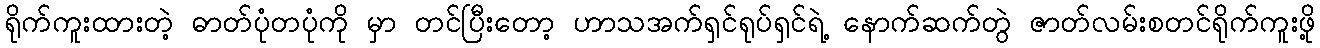
ရိုက်ကူးထားတဲ့ ဓာတ်ပုံတပုံကို မှာ တင်ပြီးတော့ ဟာသအက်ရှင်ရုပ်ရှင်ရဲ့ နောက်ဆက်တွဲ ဇာတ်လမ်းစတင်ရိုက်ကူးဖို့